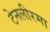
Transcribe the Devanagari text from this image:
टेनलीरमा